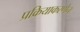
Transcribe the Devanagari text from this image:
प्रक्रियाकरणेन